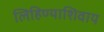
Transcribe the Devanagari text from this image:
लिहिण्याशिवाय